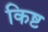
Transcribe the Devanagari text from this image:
किष्ट